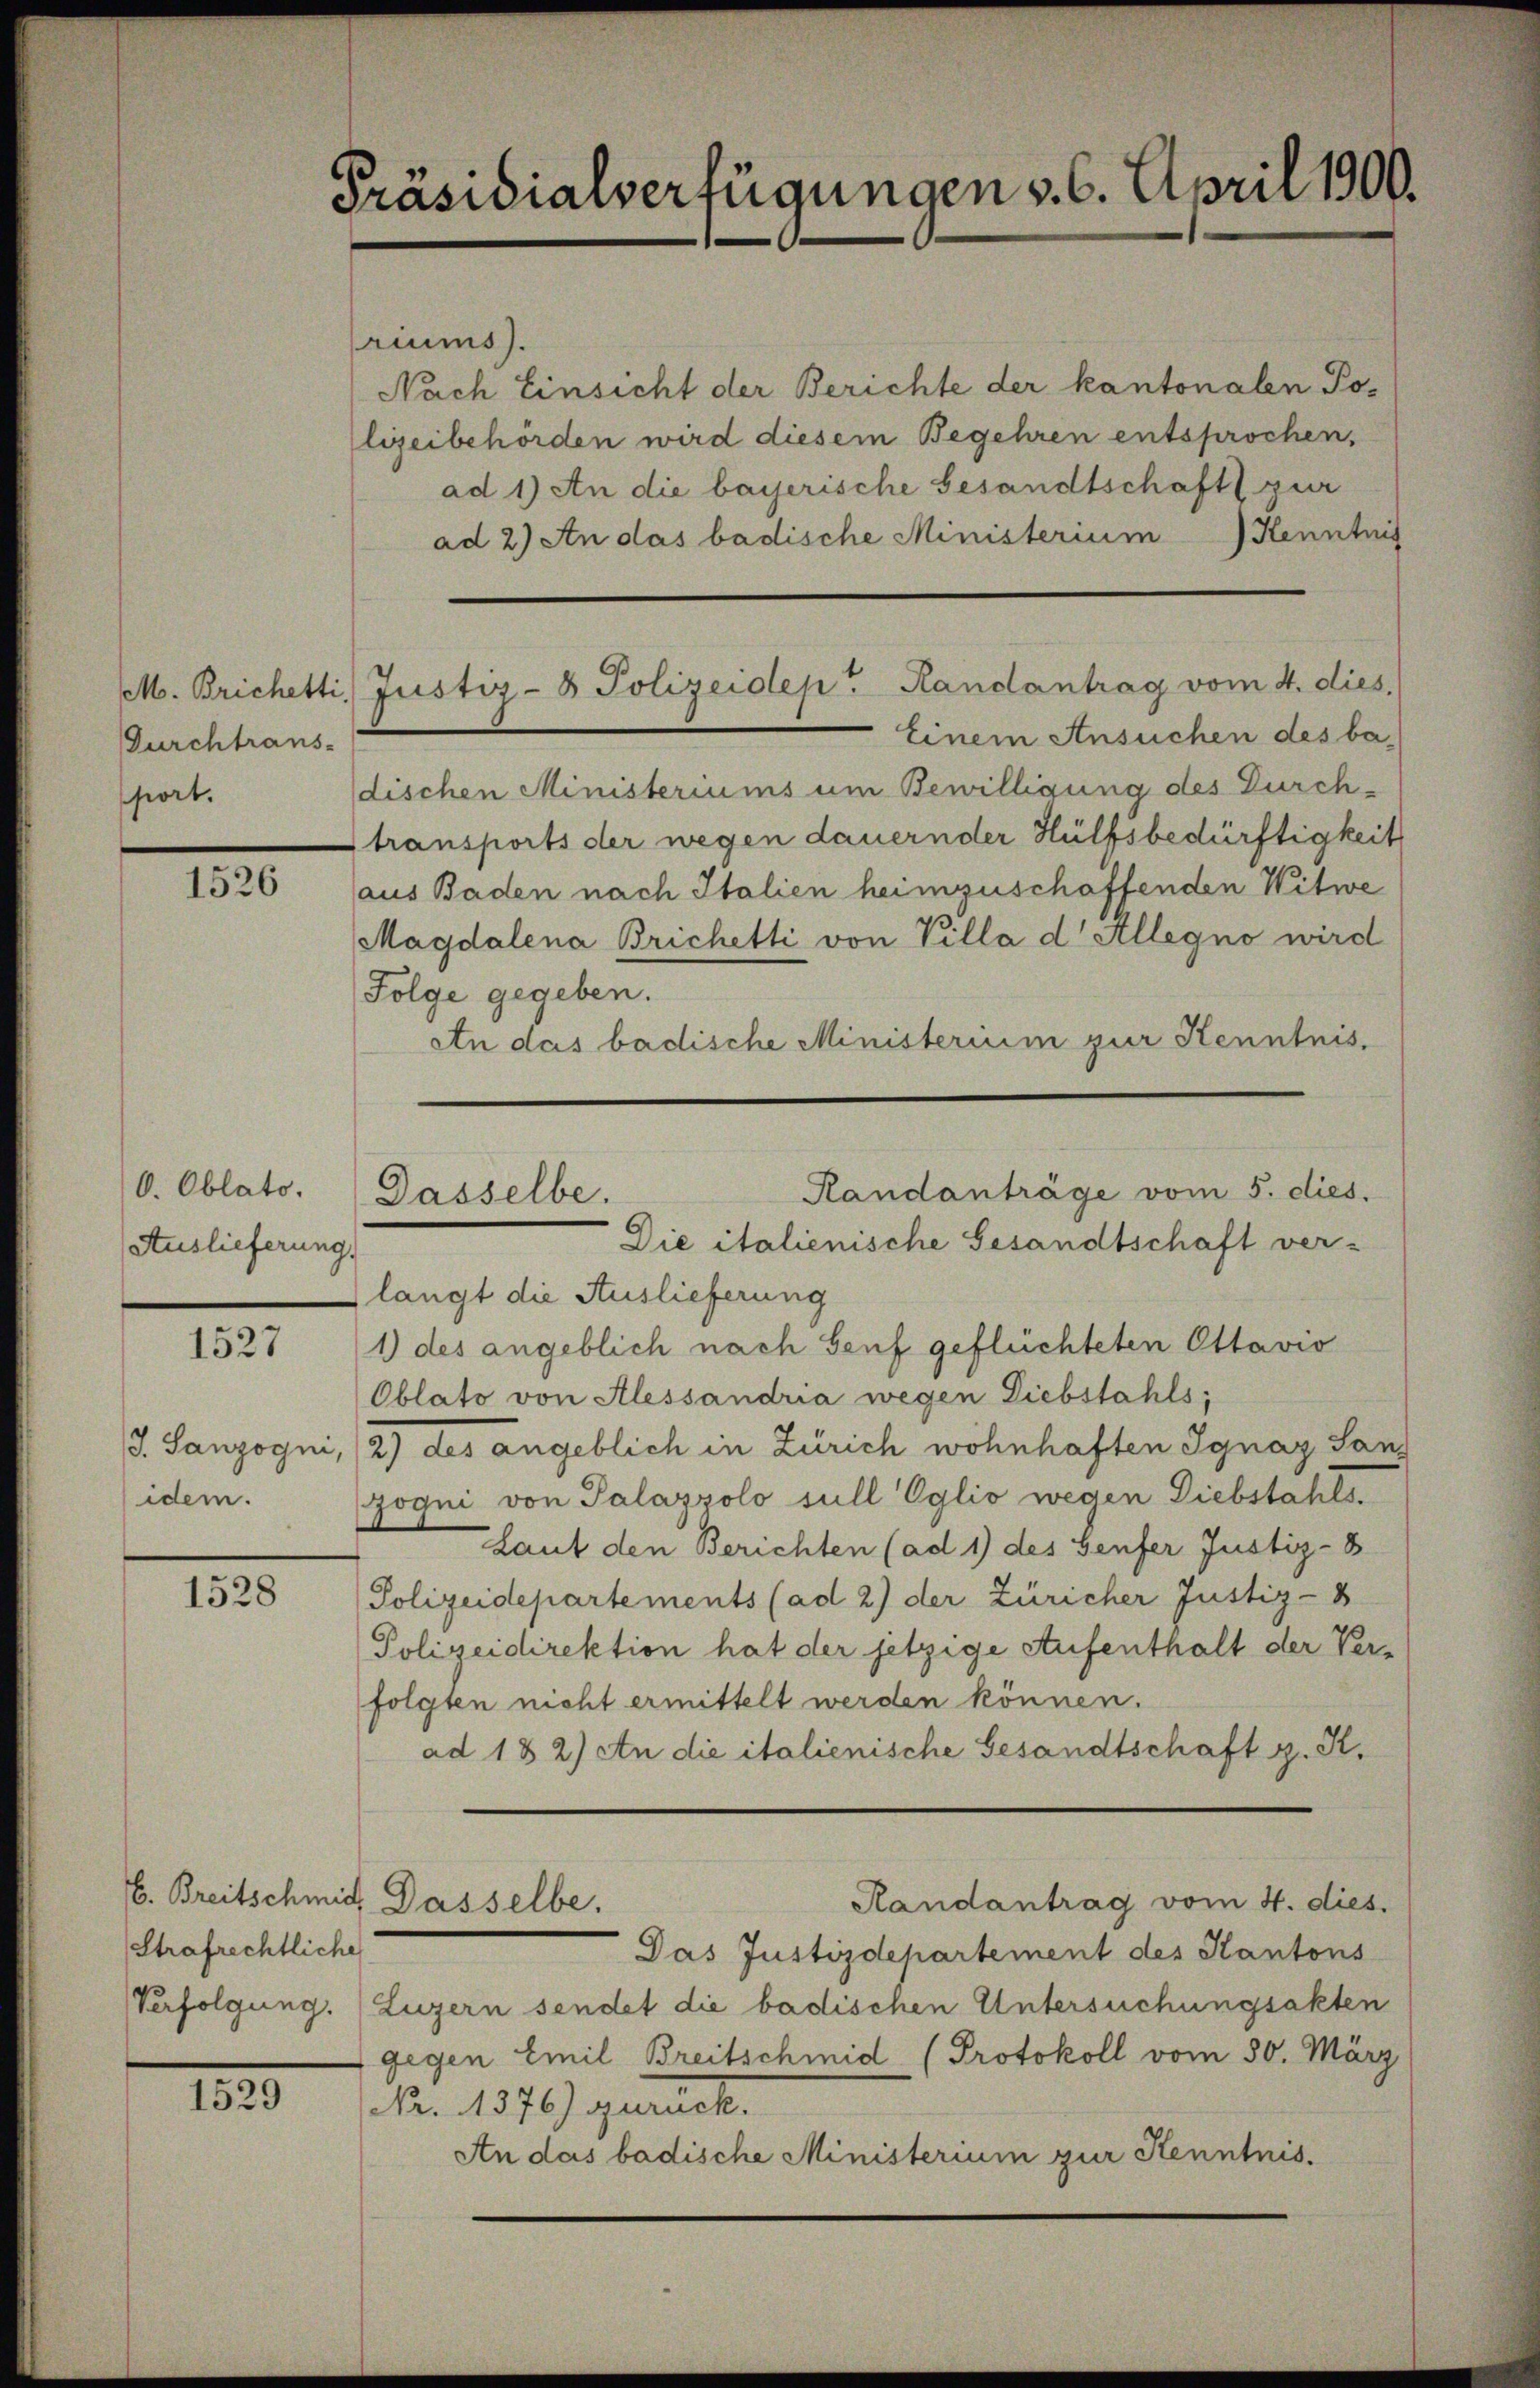
M. Brichetti,
Durchtrans-
port.

1526

O. Oblato.
Auslieferung.

1527

S. Sanzogni,
idem.

1528

Strafrechtliche

1529

Präsidialverfügungen v. 6. April 1900.

6. Breitschmid, Dasselbe.

riums).
Nach Einsicht der Berichte der kantonalen Polizeibehörden wird diesem Begehren entsprochen,
ad 1) An die bayerische Gesandtschaft zur
ad 2) An das badische Ministerium) Kenntnis
Einem Ansuchen des ba
dischen Ministeriums um Bewilligung des Durchtransports der wegen dauernder Hülfsbedürftigkeit
aus Baden nach Italien heimzuschaffenden Witwe
Magdalena Brichetti von Villa d Allegno wird
Folge gegeben.
An das badische Ministerium zur Kenntnis.
Randanträge vom 5. dies.
Dasselbe.
Die italienische Gesandtschaft ver-
langt die Auslieferung
1) des angeblich nach Genf geflüchteten Ottavio
Oblato von Alessandria wegen Diebstahls,
2) des angeblich in Zürich wohnhaften Ignaz Sand
Gogni von Palazzolo sull Oglio wegen Diebstahls¬
Laut den Berichten (ad 1) des Genfer Justiz-8
Polizeidepartements (ad 2) der Züricher Justiz - 8
Polizeidirektion hat der jetzige Aufenthalt der Verfolgten nicht ermittelt werden können.
ad 182) An die italienische Gesandtschaft z. K.

Justiz- & Polizeidep" Randantrag vom 4. dies,

Das Justizdepartement des Kantons
Verfolgung. Luzern sendet die badischen Untersuchungsakten
gegen Emil Breitschmid (Protokoll vom 30. März
Nr. 1376) zurück.
An das badische Ministerium zur Kenntnis.

Randantrag vom 4. dies